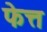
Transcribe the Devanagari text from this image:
फेत्त